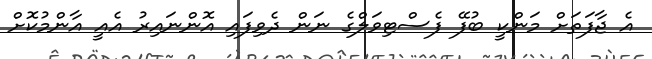
އެ ޖާފަތަށް މަންކީ ބުފޭ ފެސްޓިވަލްގެ ނަން ދެވިފައި އޮންނައިރު އެއީ އާންމުކޮށް